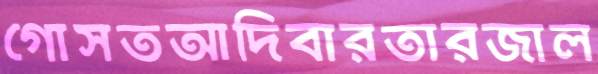
গোসতআদিবারতারজাল